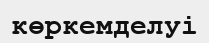
көркемделуі